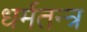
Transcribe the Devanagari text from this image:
धर्मतन्त्र